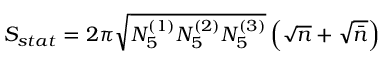
S _ { s t a t } = 2 \pi \sqrt { N _ { 5 } ^ { ( 1 ) } N _ { 5 } ^ { ( 2 ) } N _ { 5 } ^ { ( 3 ) } } \left( \sqrt { n } + \sqrt { \bar { n } } \right)